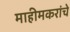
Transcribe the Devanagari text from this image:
माहीमकरांचे